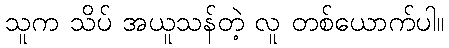
သူက သိပ် အယူသန်တဲ့ လူ တစ်ယောက်ပါ။